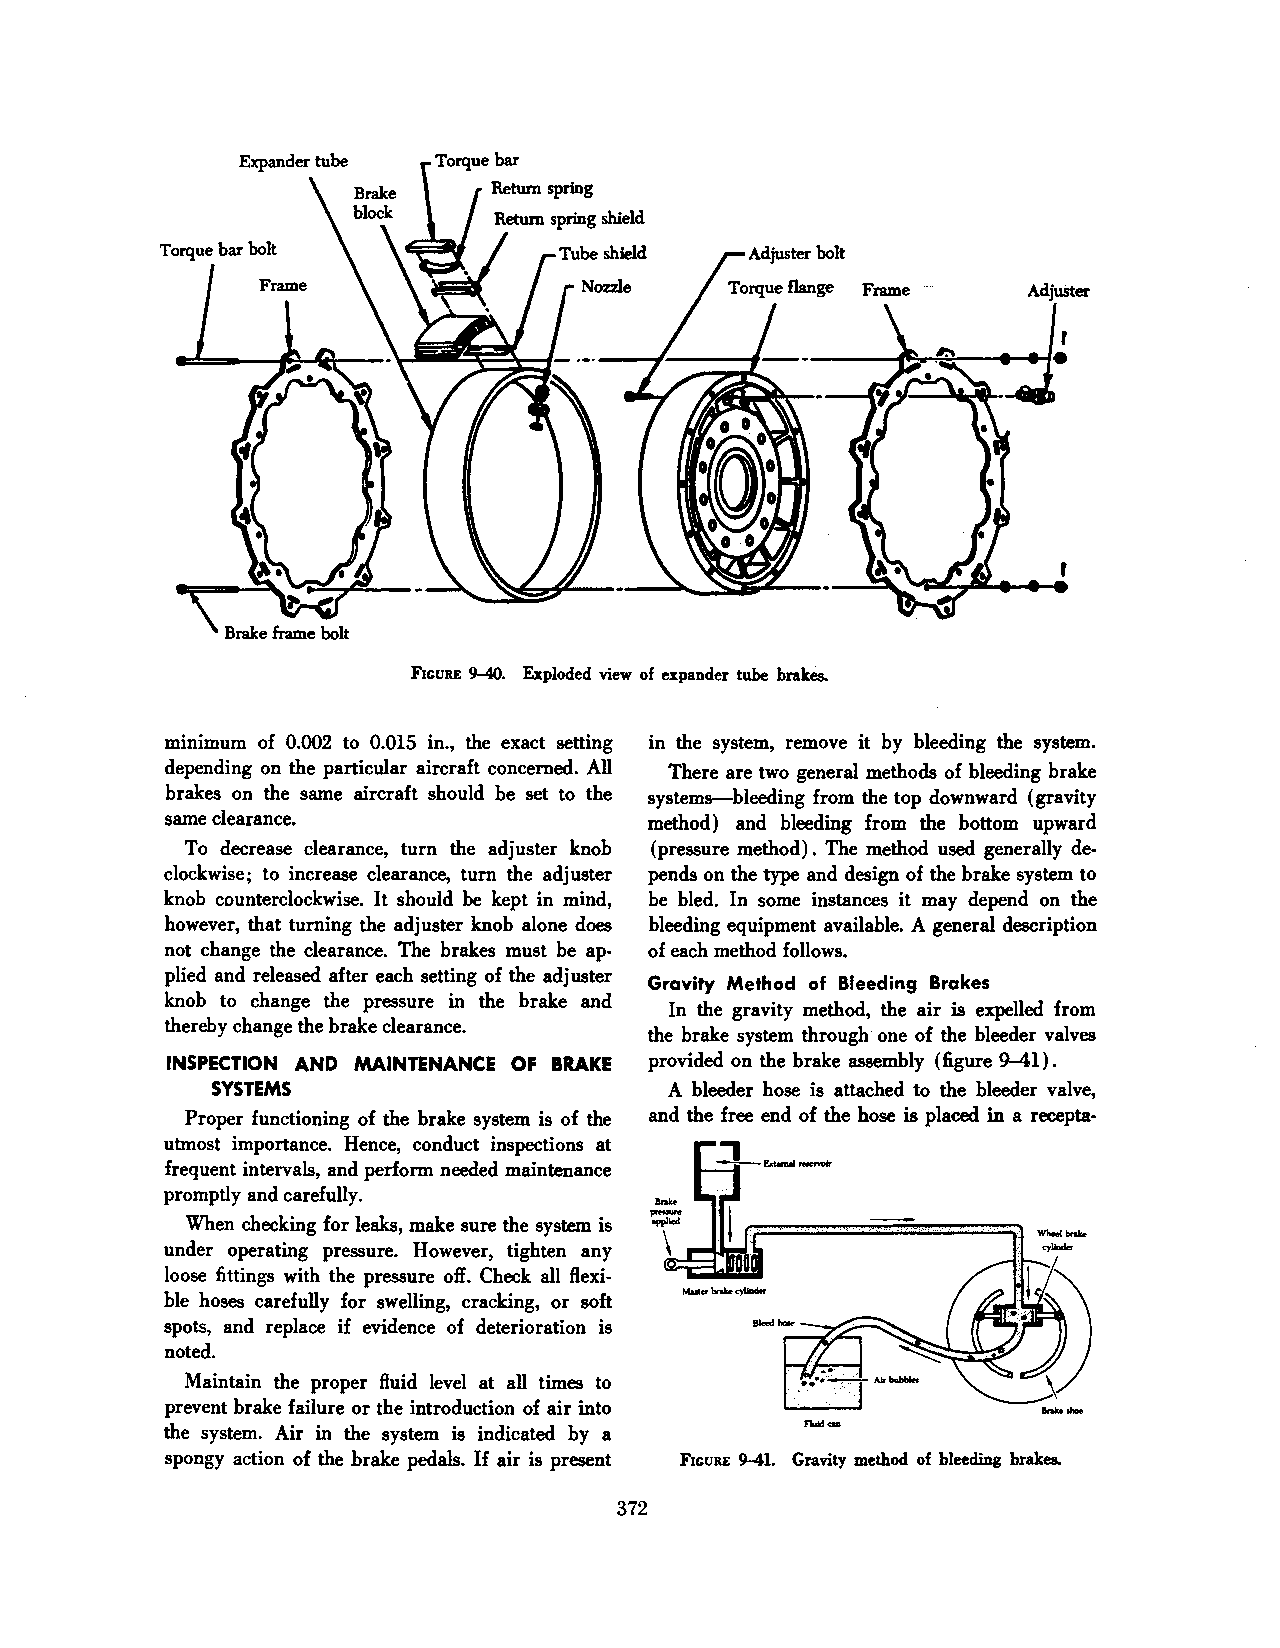
FIGURE 9-40. Exploded view of expander tube brakes.
 mm1mum of 0.002 to 0.015 in., the exact setting in the system, remove it by bleeding the system.
 depending on the particular aircraft concerned. All There are two general methods of bleeding brake
 brakes on the same aircraft should be set to the systems-bleeding from the top downward (gravity
 same clearance.                 method) and bleeding from the bottom upward
 To decrease clearance, turn the adjuster knob (pressure method). The method used generally de
 clockwise; to increase clearance, turn the adjuster pends on the type and design of the brake system to
 knob counterclockwise. It should be kept in mind, be bled. In some instances it may depend on the
 however, that turning the adjuster knob alone does bleeding equipment available. A general description
 not change the clearance. The brakes must be ap· of each method follows.
 plied and released after each setting of the adjuster
 Gravity Method of Bleeding Brakes
 knob to change the pressure in the brake and
 In the gravity method, the air is expelled from
 thereby change the brake clearance.
 the brake system through one of the bleeder valves
 INSPECTION AND MAINTENANCE OF BRAKE provided on the brake assembly (figure 9-41).
 SYSTEMS                       A bleeder hose is attached to the bleeder valve,
 Proper functioning of the brake system is of the and the free end of the hose is placed in a recepta·
 utmost importance. Hence, conduct inspections at
 frequent intervals, and perform needed maintenance
 promptly and carefully.
 When checking for leaks, make sure the system is
 under operating pressure. However, tighten any
 loose fittings with the pressure off. Check all flexi
 ble hoses carefully for swelling, cracking, or soft
 spots, and replace if evidence of deterioration is
 noted.
 Maintain the proper fluid level at all times to
 prevent brake failure or the introduction of air into
 the system. Air in the system is indicated by a
 spongy action of the brake pedals. If air is present FIGURE 9-41. Gravity method of bleeding brakes.
 372